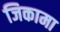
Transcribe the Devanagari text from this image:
जिकामा